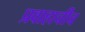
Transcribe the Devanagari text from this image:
प्रवाहाचीच